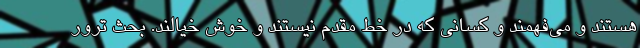
هستند و می‌فهمند و کسانی که در خط مقدم نیستند و خوش خیالند. بحث ترور